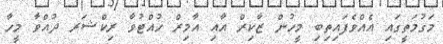
މަގުމަތީގައި އެއްވެފައިތިބި މީހުން ޒާކިރް އާއި އާމިރް ހުއްޓުވާ ރިކްޝަރ ދުއްވާ މީހާ